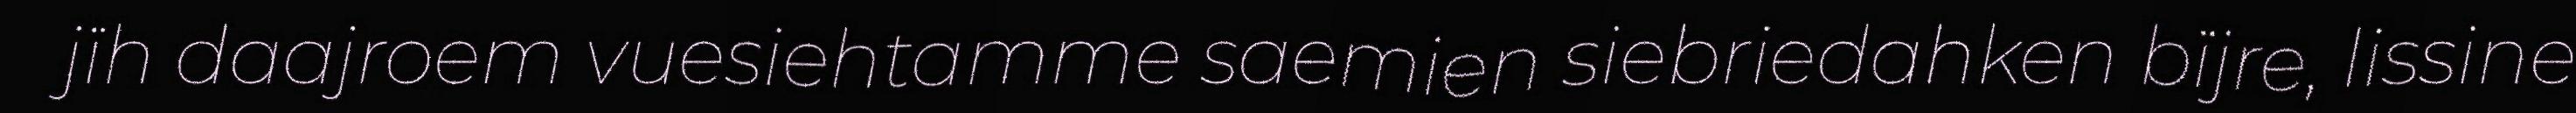
jïh daajroem vuesiehtamme saemien siebriedahken bïjre, lissine